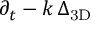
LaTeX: \partial _ { t } - k \, \Delta _ { \mathrm { 3 D } }